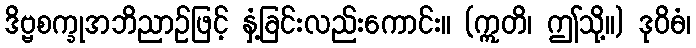
ဒိဗ္ဗစက္ခုအဘိညာဉ်ဖြင့် နှံ့ခြင်းလည်းကောင်း။ (ဣတိ၊ ဤသို့။) ဒုဝိဓံ၊